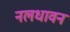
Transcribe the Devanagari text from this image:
नलधावन